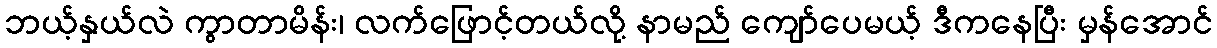
ဘယ့်နှယ်လဲ ကွာတာမိန်း၊ လက်ဖြောင့်တယ်လို့ နာမည် ကျော်ပေမယ့် ဒီကနေပြီး မှန်အောင်